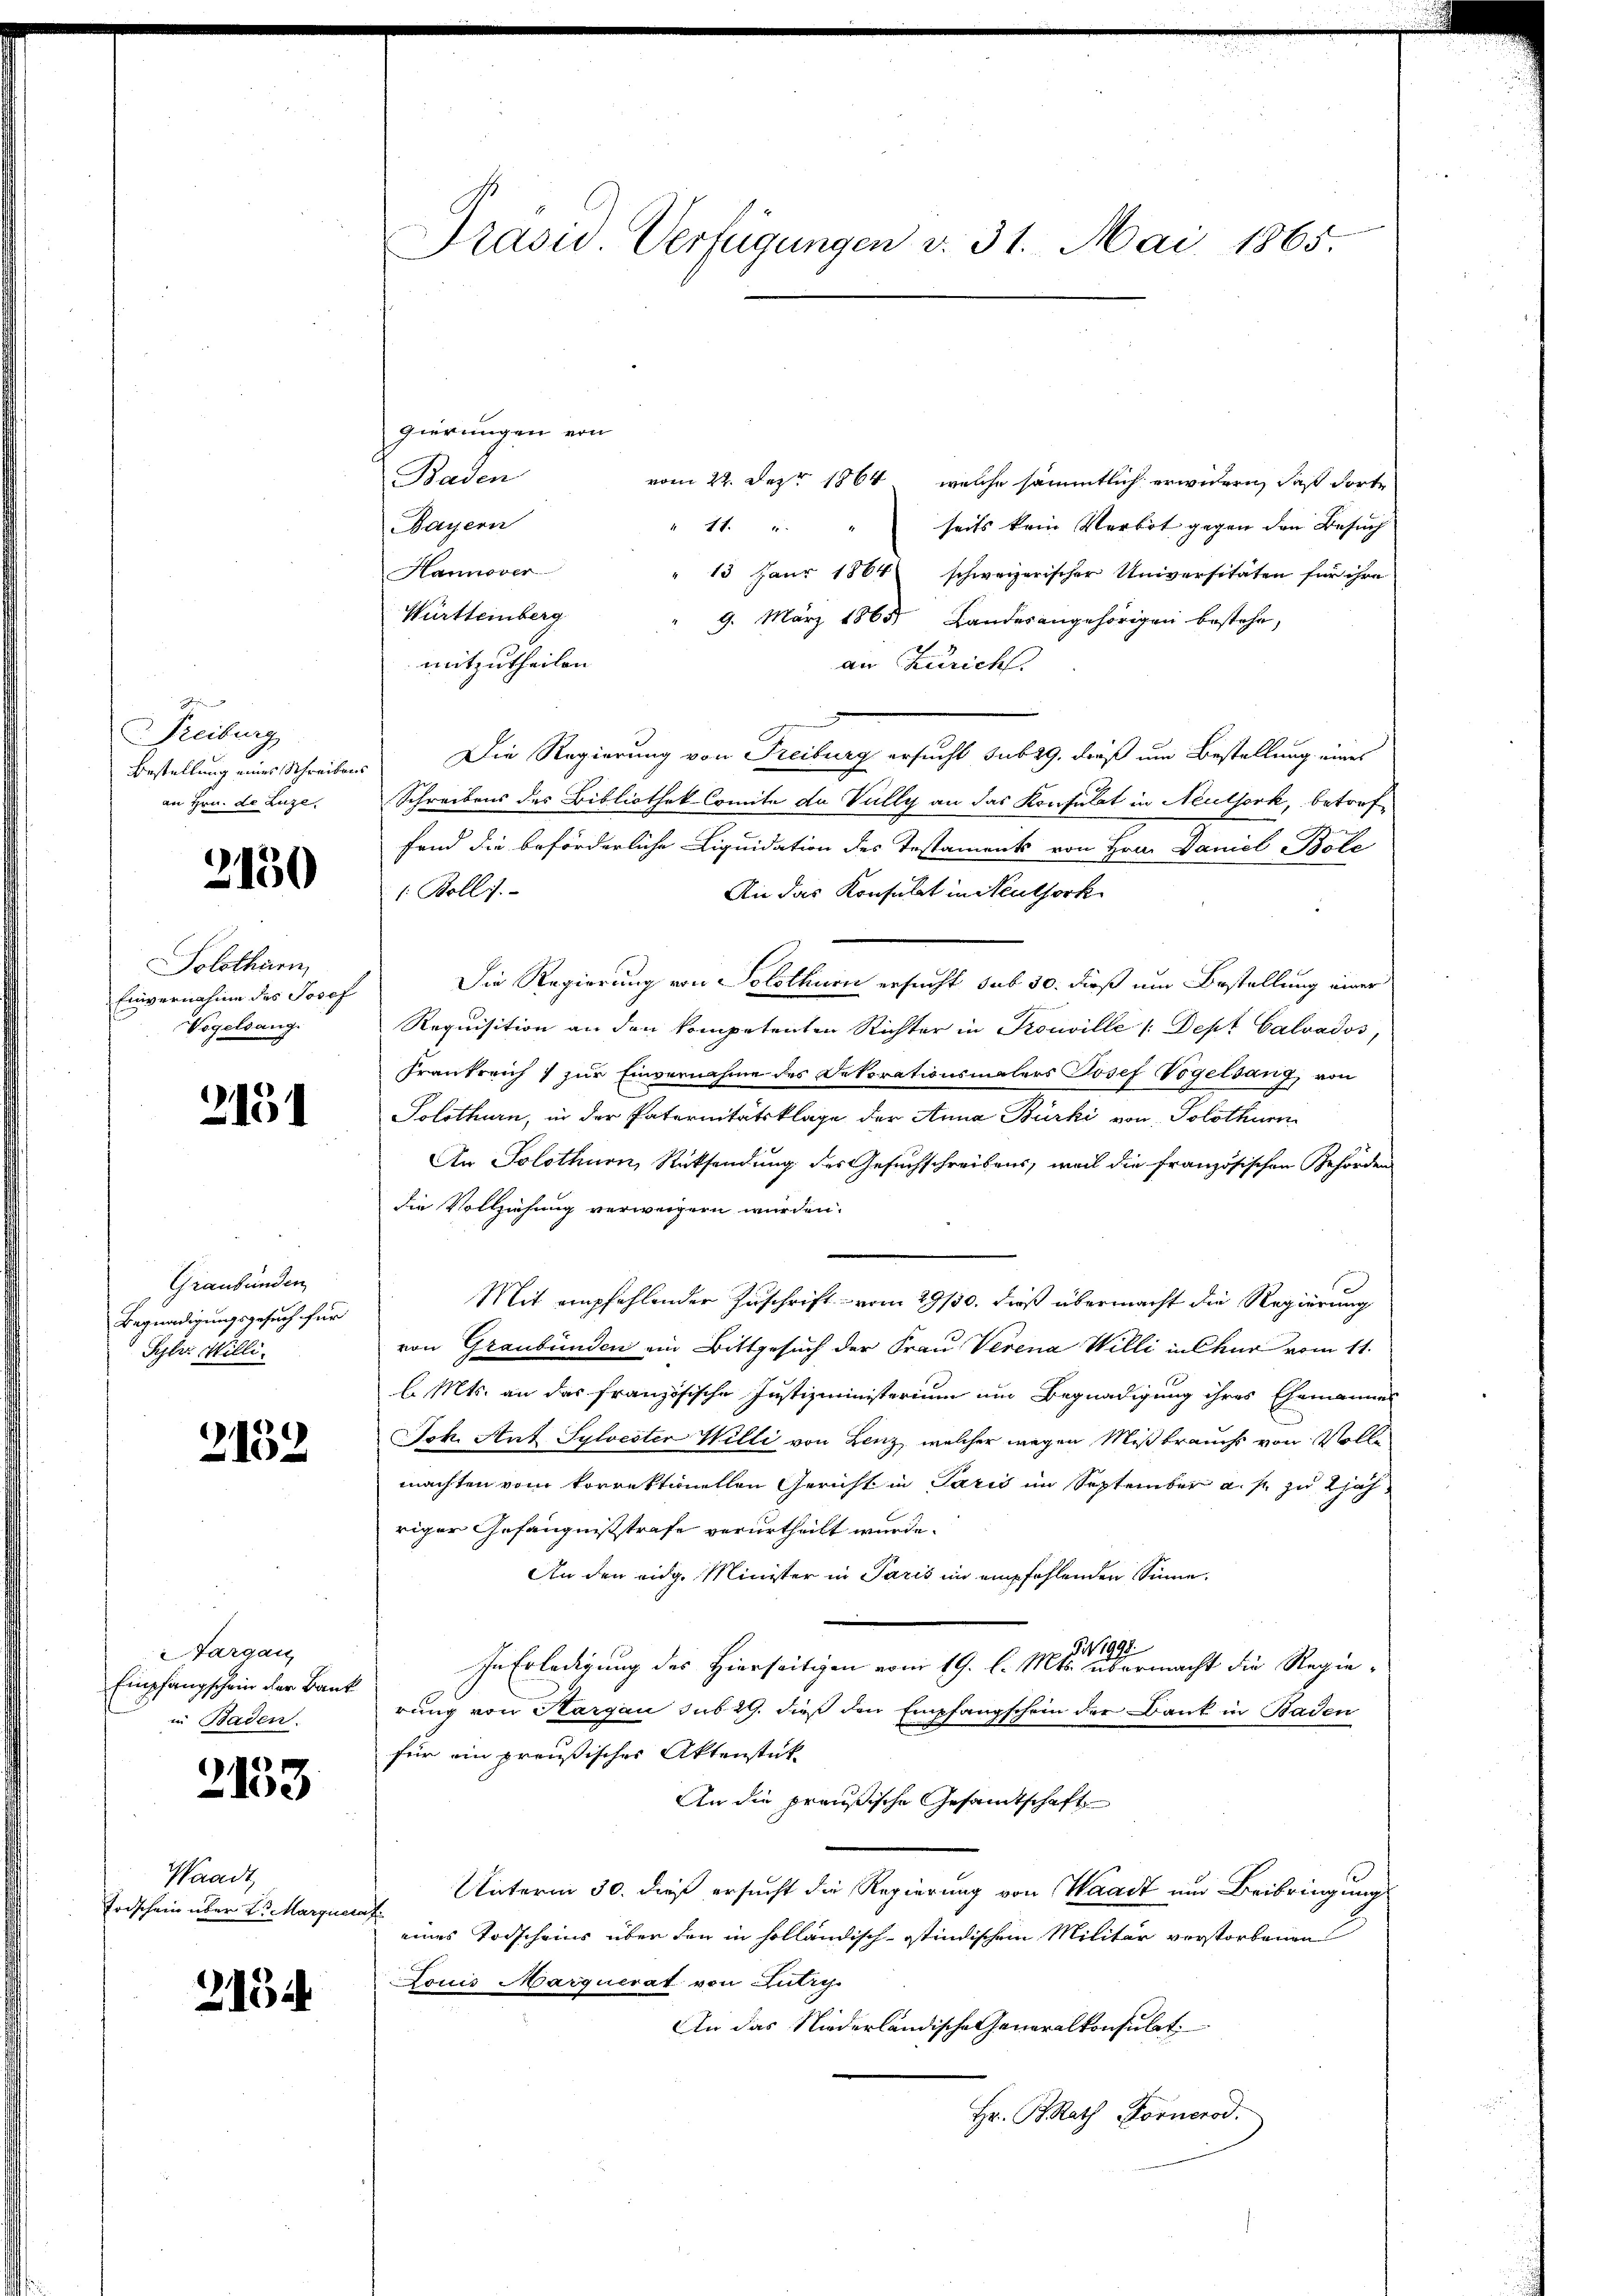
Freiburg
an Hrn. de Luze

2150

Solothurn,
Einvernahme des Josef
Vogelsang.

2151

Graubünden
Begnadigungsgesuch für
Sylis Milli

2132

Aargau
Empfangschein der Bank
in Baden.

2153

Waadt,
Erdschein über 2. Marquera

2154

Prasis Verfügungen v. 31. Mai 1865.

gierungen von
Baden
vom 22. Dez. 1864, welche sämmtlich erwidern, daß dorte
seits kein Verbot gegen den Besuch
Bayern
" 77. " "
Hannover
13 Jaur 1864 schweizerischer Universitäten für ihre
Württeinberg
9. März 1865. Landesangehörigen bestehe,
mitzutheilen.
an Zürich.
Bestellung eines Schreibens Die Regierung von Freiburg ersucht sub 19. dieß um Bestellung eines
Schreibens des Bibliothek Comite de Vully an das Konsulat in Neulsork, betreffand die beförderliche Liquidation des Testament von Hrn. Daniel Bole
1 Bollis.
An das Konsulat in Neuthork
Die Regierung von Solothurn ersucht sub 30. dieß um Bestellung einer
Requisition an den kompetenten Richter in Procwille /:Dept Calvados,
Frankreich & zur Einvernahme des Dekorationsmalers Josef Vogelsang von
Solothurn, in der Paternitätsklage der Anna Bürki von Solothurn
An Solothurn, Rücksendung des Gesuchschreibens, weil die französischen Gehörden
die Vollziehung verweigern würden.
Mit empfehlender Zuschrift vom 29/30. dieß übermacht die Regierung
von Graubünden ein Bittgesuch der Frau Verena Willi in Chur vom 11.
l. Mts. an das französische Justizministerium um Begnadigung ihres Ehemannes
Jok. Ant Sylvester Willi von Lenz, welcher wegen Mißbrauchs von Volle
machten vom korrektionellen Gericht in Paris im September a. f. zu 2jähriger Gefängnissstrafe verurtheilt wurde.
An den eidg. Minister in Paris im empfehlenden Sinne.
S 1998.
In Erledigung des Hierseitigen vom 19. l. Mts. übermacht die Regierung von Hargau sub 29. dieß den Empfangschein der Bank in Baden
für ein preußisches Aktenstück
An die preußische Gesamtschaft
Unterm 30. dieß ersucht die Regierung von Waadt um Beibringung
eines Todscheins über den in holländisch-istindischem Militär verstorbenen
Louis Marquerat von Lutry.
An das Niederländische Generalkonsulat
Hr. BRath Fornerod.